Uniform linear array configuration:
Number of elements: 12
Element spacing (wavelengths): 0.75
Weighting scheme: kaiser
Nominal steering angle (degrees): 0
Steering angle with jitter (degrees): -0.1941
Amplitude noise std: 0.05
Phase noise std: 0.05

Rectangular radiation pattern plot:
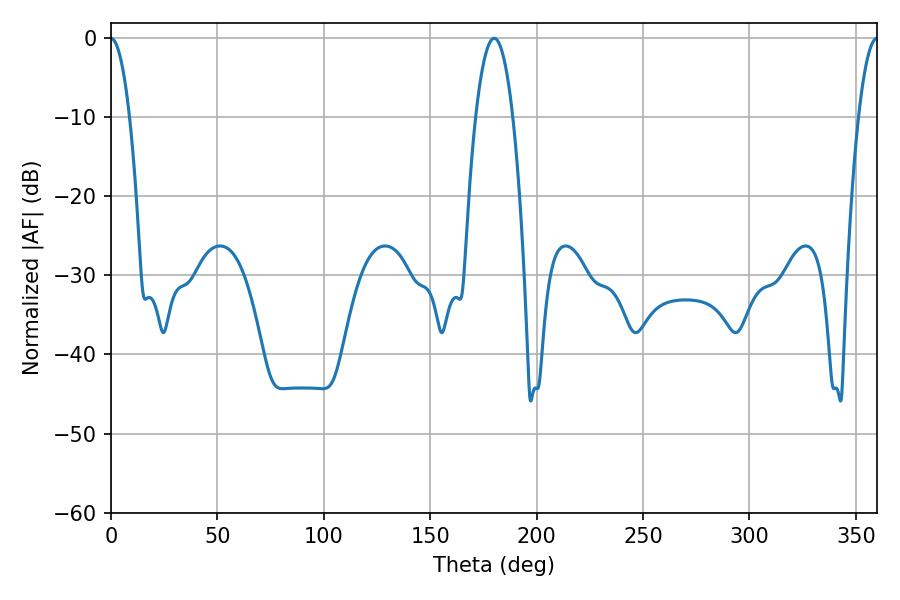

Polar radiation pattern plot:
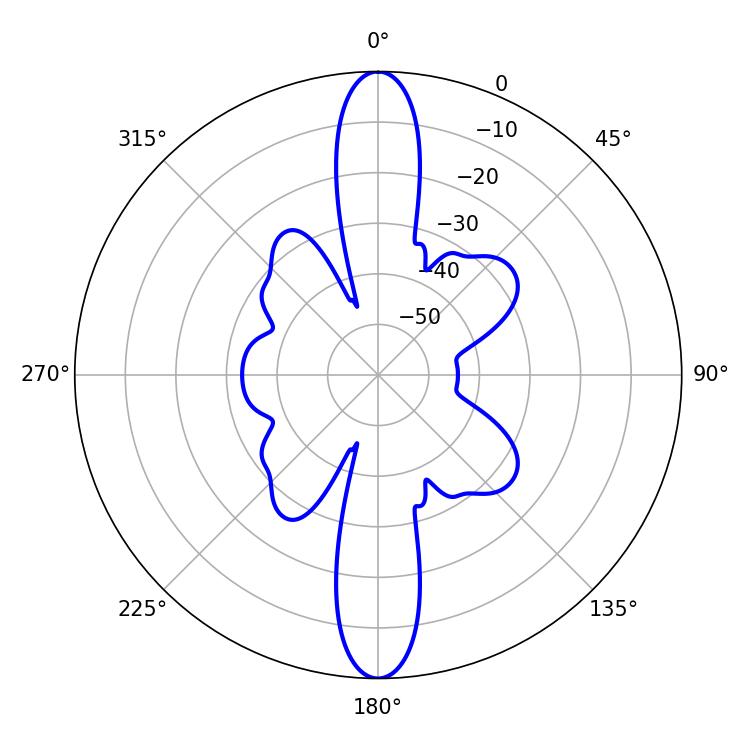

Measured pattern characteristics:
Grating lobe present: TRUE
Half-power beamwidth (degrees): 9.72
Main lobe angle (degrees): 180